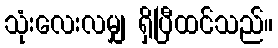
သုံးလေးလမျှ ရှိပြီထင်သည်။